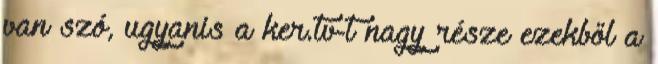
van szó, ugyanis a ker.tv-t nagy része ezekből a